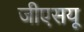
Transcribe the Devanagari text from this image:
जीएसयू